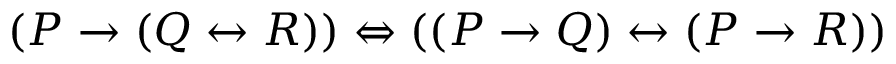
( P \to ( Q \leftrightarrow R ) ) \Leftrightarrow ( ( P \to Q ) \leftrightarrow ( P \to R ) )